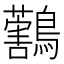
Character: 𪇜